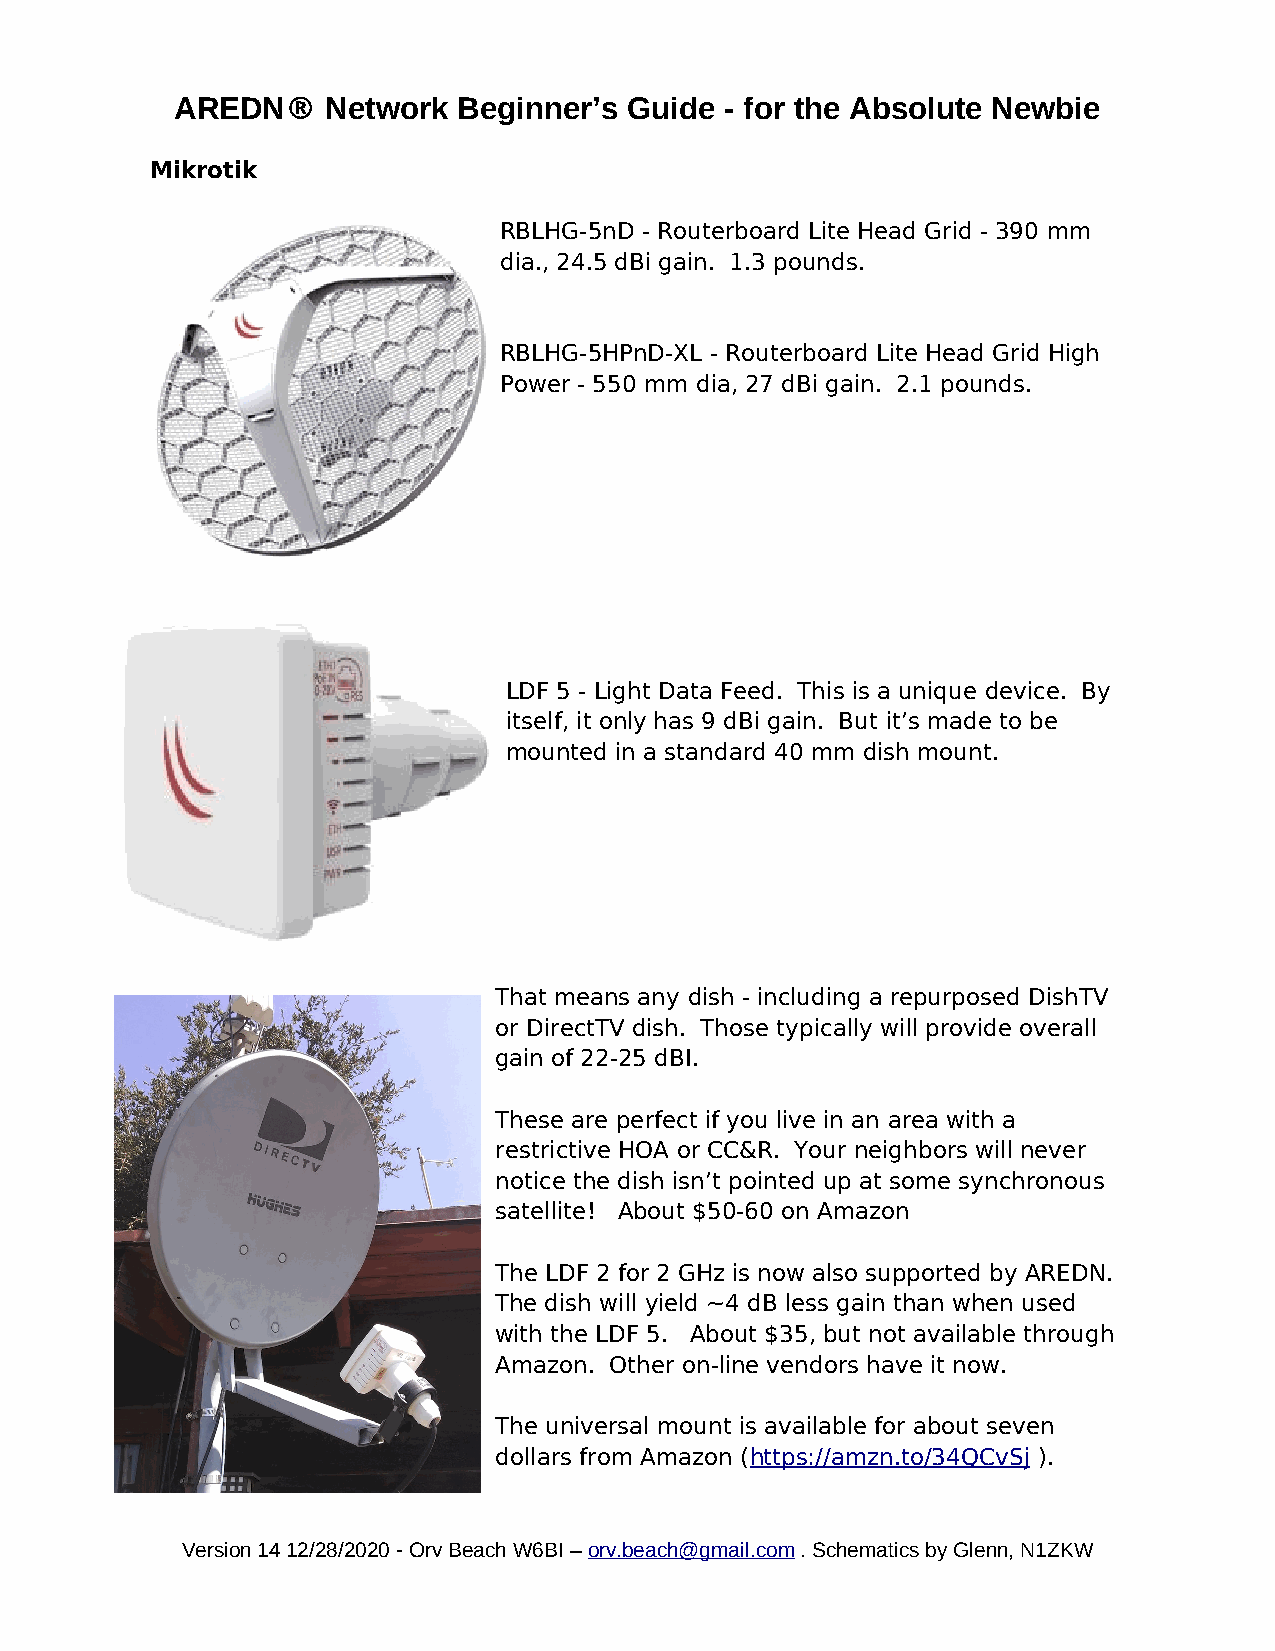
AREDN®    Network Beginner’s  Guide - for the Absolute Newbie
 Mikrotik
 RBLHG-5nD - Routerboard Lite Head Grid - 390 mm
 dia., 24.5 dBi gain. 1.3 pounds.
 RBLHG-5HPnD-XL - Routerboard Lite Head Grid High
 Power - 550 mm dia, 27 dBi gain. 2.1 pounds.
 LDF 5 - Light Data Feed. This is a unique device. By
 itself, it only has 9 dBi gain. But it’s made to be
 mounted in a standard 40 mm dish mount.
 That means any dish - including a repurposed DishTV
 or DirectTV dish. Those typically will provide overall
 gain of 22-25 dBI.
 These are perfect if you live in an area with a
 restrictive HOA or CC&R. Your neighbors will never
 notice the dish isn’t pointed up at some synchronous
 satellite! About $50-60 on Amazon
 The LDF 2 for 2 GHz is now also supported by AREDN.
 The dish will yield ~4 dB less gain than when used
 with the LDF 5. About $35, but not available through
 Amazon. Other on-line vendors have it now.
 The universal mount is available for about seven
 dollars from Amazon (https://amzn.to/34QCvSj ).
 Version 14 12/28/2020 - Orv Beach W6BI – orv.beach@gmail.com . Schematics by Glenn, N1ZKW